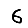
Digit: 6